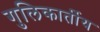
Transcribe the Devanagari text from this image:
गुलिकार्तीय